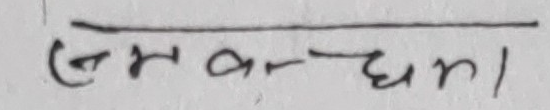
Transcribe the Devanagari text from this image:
(मन्वन्तर)